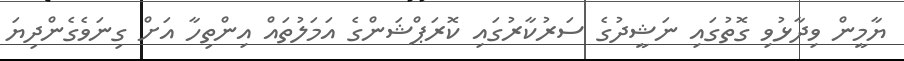
ޔާމީން ވިދާޅުވި ގޮތުގައި ނަޝީދުގެ ސަރުކާރުގައި ކޮރަޕްޝަންގެ އަމަލުތައް އިންތިހާ އަށް ގިނަވެގެންދިޔަ